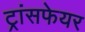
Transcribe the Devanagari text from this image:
ट्रांसफेयर